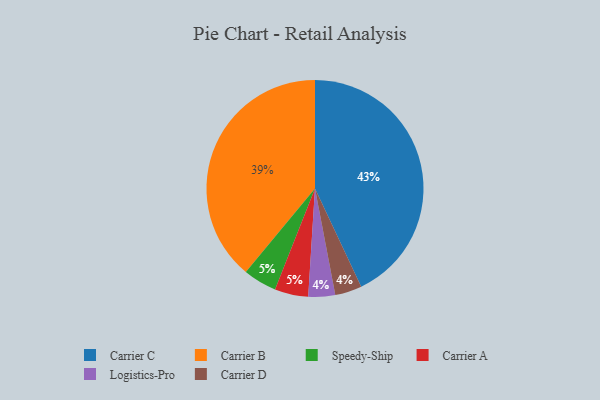
{"axis": {"x": "Category", "y": "Percentage"}, "legend": ["Carrier A", "Carrier B", "Carrier C", "Carrier D", "Logistics-Pro", "Speedy-Ship"], "data": [{"x": "Carrier C", "y": 43, "type": "Carrier C"}, {"x": "Speedy-Ship", "y": 5, "type": "Speedy-Ship"}, {"x": "Logistics-Pro", "y": 4, "type": "Logistics-Pro"}, {"x": "Carrier B", "y": 39, "type": "Carrier B"}, {"x": "Carrier A", "y": 5, "type": "Carrier A"}, {"x": "Carrier D", "y": 4, "type": "Carrier D"}]}